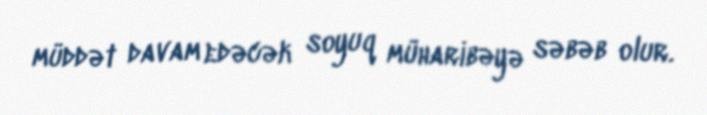
müddət davam edəcək soyuq müharibəyə səbəb olur.